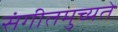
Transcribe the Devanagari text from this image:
संगीतमुच्यते